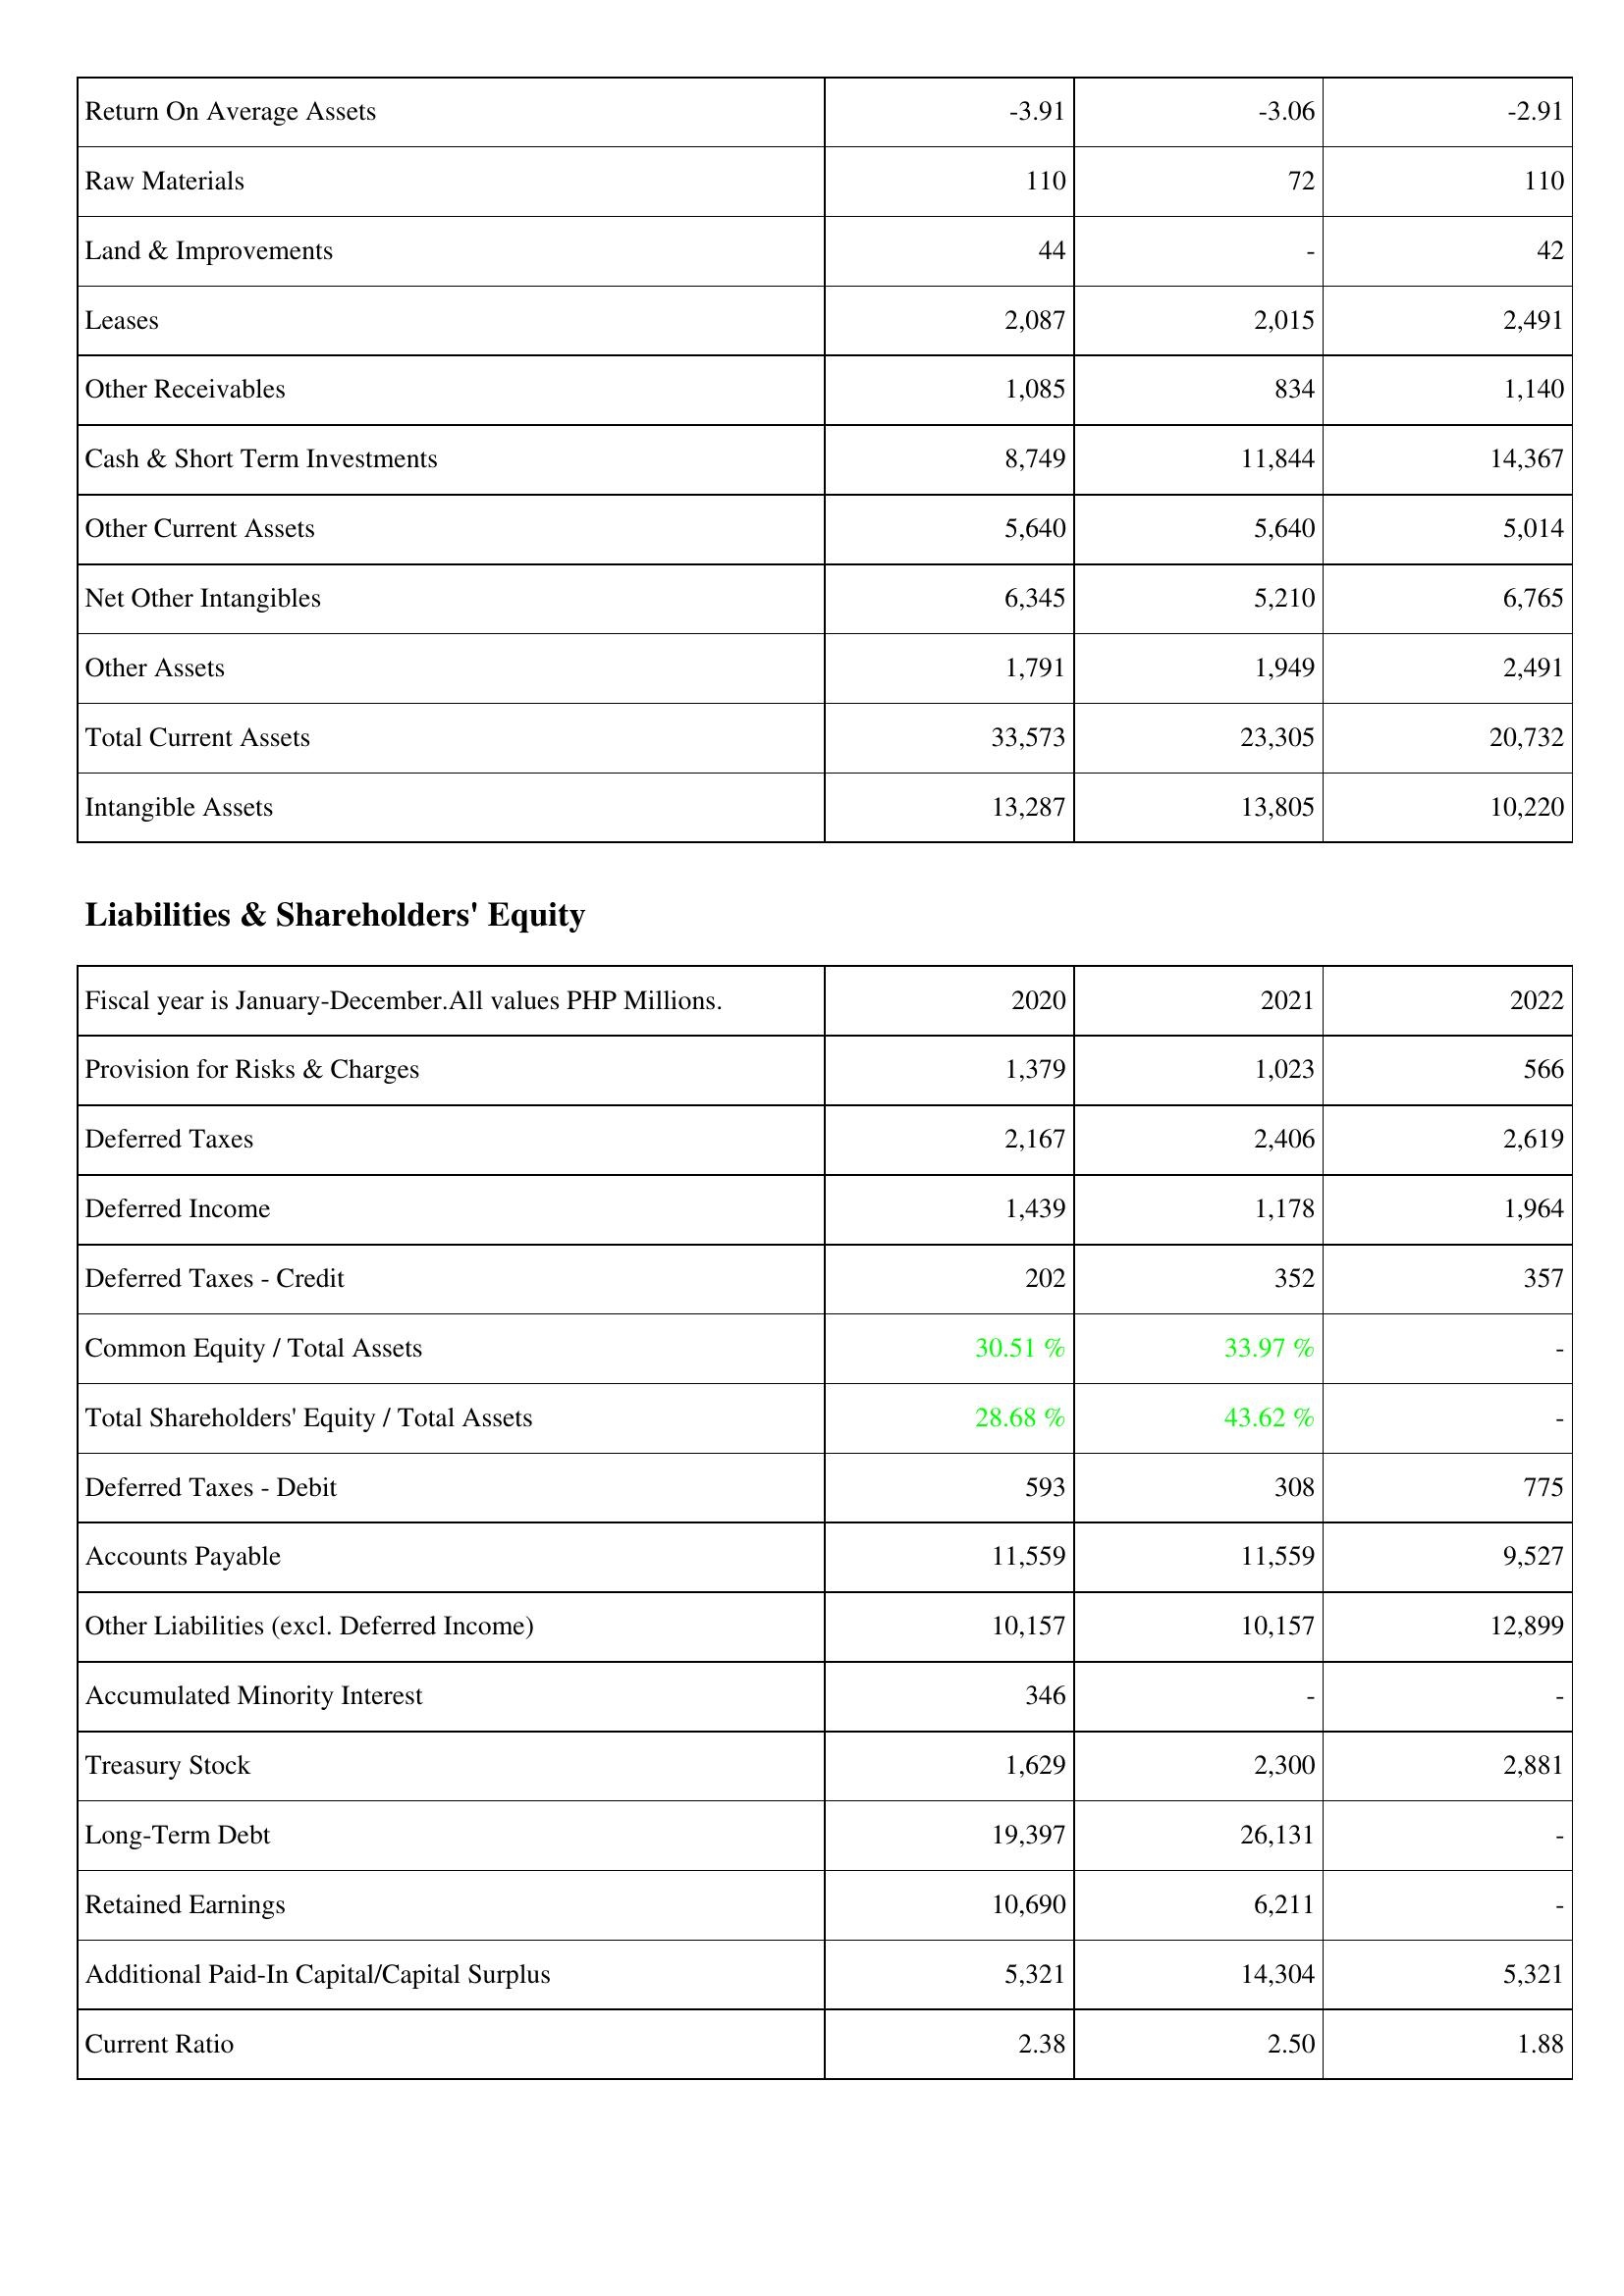
2020: Assets: Return On Average Assets: -3.91
Raw Materials: 110
Land & Improvements: 44
Leases: 2,087
Other Receivables: 1,085
Cash & Short Term Investments: 8,749
Other Current Assets: 5,640
Net Other Intangibles: 6,345
Other Assets: 1,791
Total Current Assets: 33,573
Intangible Assets: 13,287
Liabilities & Shareholders' Equity: Provision for Risks & Charges: 1,379
Deferred Taxes: 2,167
Deferred Income: 1,439
Deferred Taxes - Credit: 202
Common Equity / Total Assets: 30.51 %
Total Shareholders' Equity / Total Assets: 28.68 %
Deferred Taxes - Debit: 593
Accounts Payable: 11,559
Other Liabilities (excl. Deferred Income): 10,157
Accumulated Minority Interest: 346
Treasury Stock: 1,629
Long-Term Debt: 19,397
Retained Earnings: 10,690
Additional Paid-In Capital/Capital Surplus: 5,321
Current Ratio: 2.38
2021: Assets: Return On Average Assets: -3.06
Raw Materials: 72
Land & Improvements: -
Leases: 2,015
Other Receivables: 834
Cash & Short Term Investments: 11,844
Other Current Assets: 5,640
Net Other Intangibles: 5,210
Other Assets: 1,949
Total Current Assets: 23,305
Intangible Assets: 13,805
Liabilities & Shareholders' Equity: Provision for Risks & Charges: 1,023
Deferred Taxes: 2,406
Deferred Income: 1,178
Deferred Taxes - Credit: 352
Common Equity / Total Assets: 33.97 %
Total Shareholders' Equity / Total Assets: 43.62 %
Deferred Taxes - Debit: 308
Accounts Payable: 11,559
Other Liabilities (excl. Deferred Income): 10,157
Accumulated Minority Interest: -
Treasury Stock: 2,300
Long-Term Debt: 26,131
Retained Earnings: 6,211
Additional Paid-In Capital/Capital Surplus: 14,304
Current Ratio: 2.50
2022: Assets: Return On Average Assets: -2.91
Raw Materials: 110
Land & Improvements: 42
Leases: 2,491
Other Receivables: 1,140
Cash & Short Term Investments: 14,367
Other Current Assets: 5,014
Net Other Intangibles: 6,765
Other Assets: 2,491
Total Current Assets: 20,732
Intangible Assets: 10,220
Liabilities & Shareholders' Equity: Provision for Risks & Charges: 566
Deferred Taxes: 2,619
Deferred Income: 1,964
Deferred Taxes - Credit: 357
Common Equity / Total Assets: -
Total Shareholders' Equity / Total Assets: -
Deferred Taxes - Debit: 775
Accounts Payable: 9,527
Other Liabilities (excl. Deferred Income): 12,899
Accumulated Minority Interest: -
Treasury Stock: 2,881
Long-Term Debt: -
Retained Earnings: -
Additional Paid-In Capital/Capital Surplus: 5,321
Current Ratio: 1.88